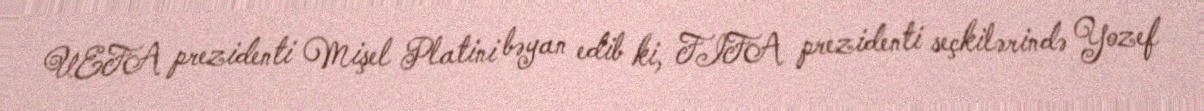
UEFA prezidenti Mişel Platini bəyan edib ki, FIFA prezidenti seçkilərində Yozef